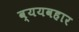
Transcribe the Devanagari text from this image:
व्ययवहार